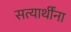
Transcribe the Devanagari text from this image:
सत्यार्थींना